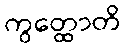
ကွတ္ထောတိ